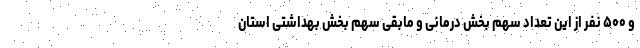
و ۵۰۰ نفر از این تعداد سهم بخش درمانی و مابقی سهم بخش بهداشتی استان